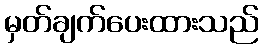
မှတ်ချက်ပေးထားသည်